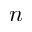
n